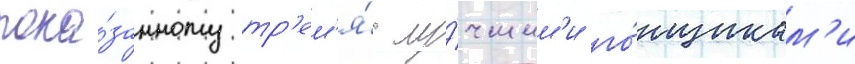
пока́занному тр'ем'я́ лу́чшим'и го́нщикам'и